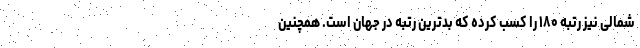
شمالی نیز رتبه ۱۸۰ را کسب کرده که بدترین رتبه در جهان است. همچنین